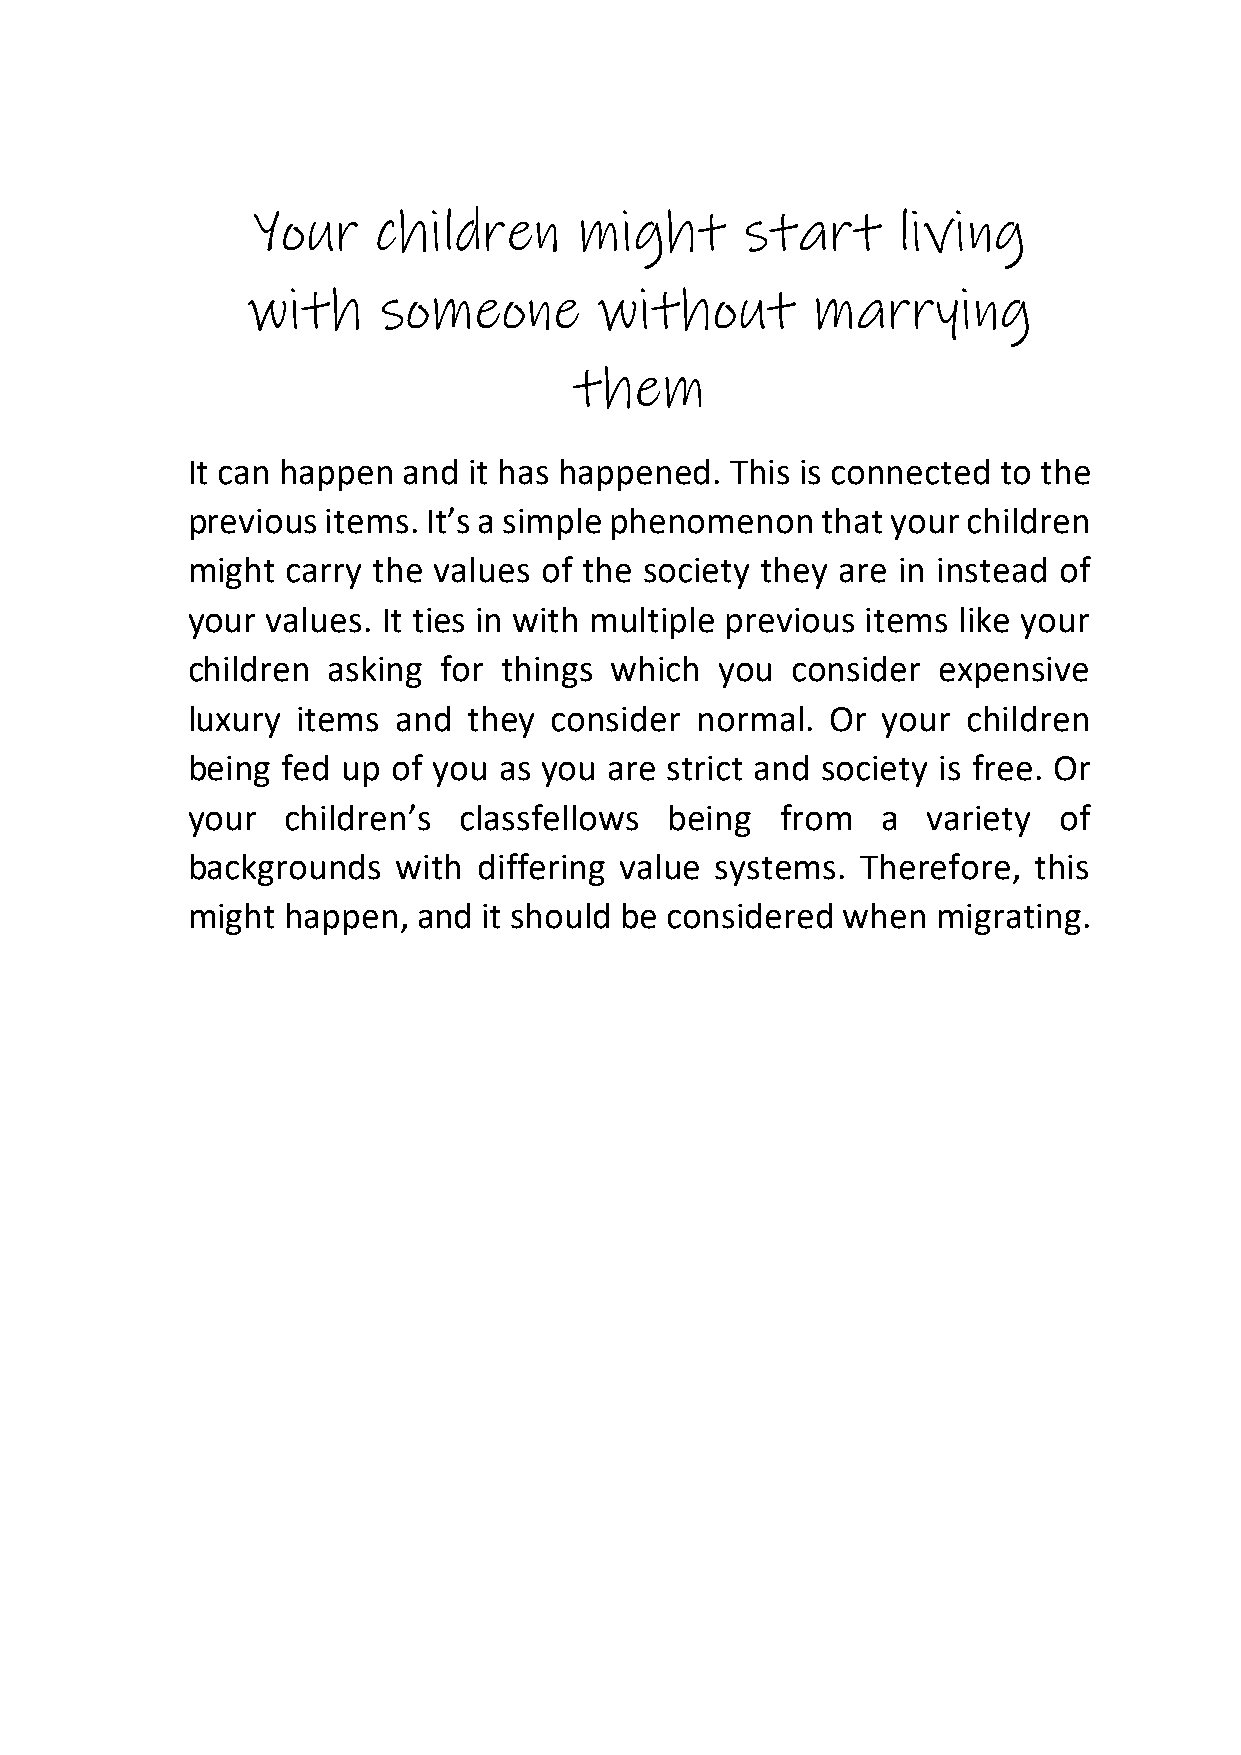
Your    children     might      start     living
 with     someone        without       marrying
 them
 It can happen  and it has happened. This is connected to the
 previous  items. It’s a simple phenomenon that your children
 might  carry the values of the society they are in instead of
 your  values. It ties in with multiple previous items like your
 children  asking for things which   you consider  expensive
 luxury  items and  they consider  normal.  Or your  children
 being  fed up of you as you are strict and society is free. Or
 your   children’s classfellows  being   from  a  variety  of
 backgrounds   with  differing value systems. Therefore, this
 might  happen,  and it should be considered when  migrating.